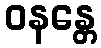
ဝနန္တေ